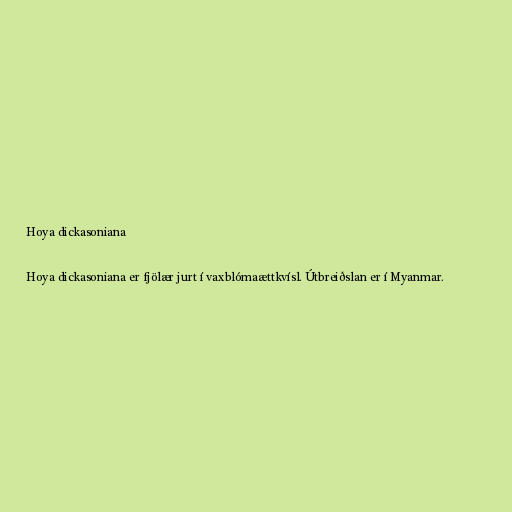
Hoya dickasoniana

Hoya dickasoniana er fjölær jurt í vaxblómaættkvísl. Útbreiðslan er í Myanmar.